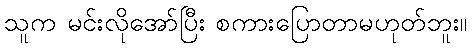
သူက မင်းလိုအော်ပြီး စကားပြောတာမဟုတ်ဘူး။